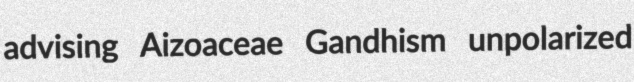
advising Aizoaceae Gandhism unpolarized